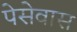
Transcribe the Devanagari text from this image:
पेसेवास